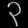
Digit: ၃